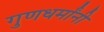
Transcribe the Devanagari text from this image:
गुणधर्मांनी